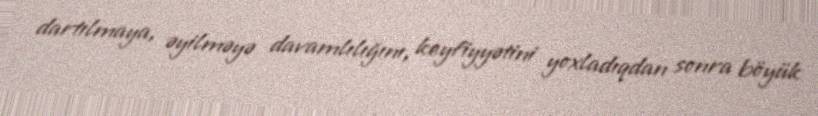
dartılmaya, əyilməyə davamlılığını, keyfiyyətini yoxladıqdan sonra böyük